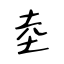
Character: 坴